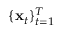
\{ \mathbf { x } _ { t } \} _ { t = 1 } ^ { T }